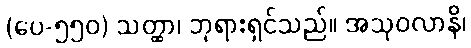
(ပေ-၅၅၀) သတ္ထာ၊ ဘုရားရှင်သည်။ အသုဝလာနိ၊